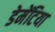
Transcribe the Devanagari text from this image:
डेमेंटिया